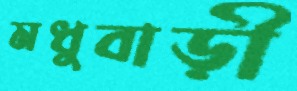
মধুবাড়ী